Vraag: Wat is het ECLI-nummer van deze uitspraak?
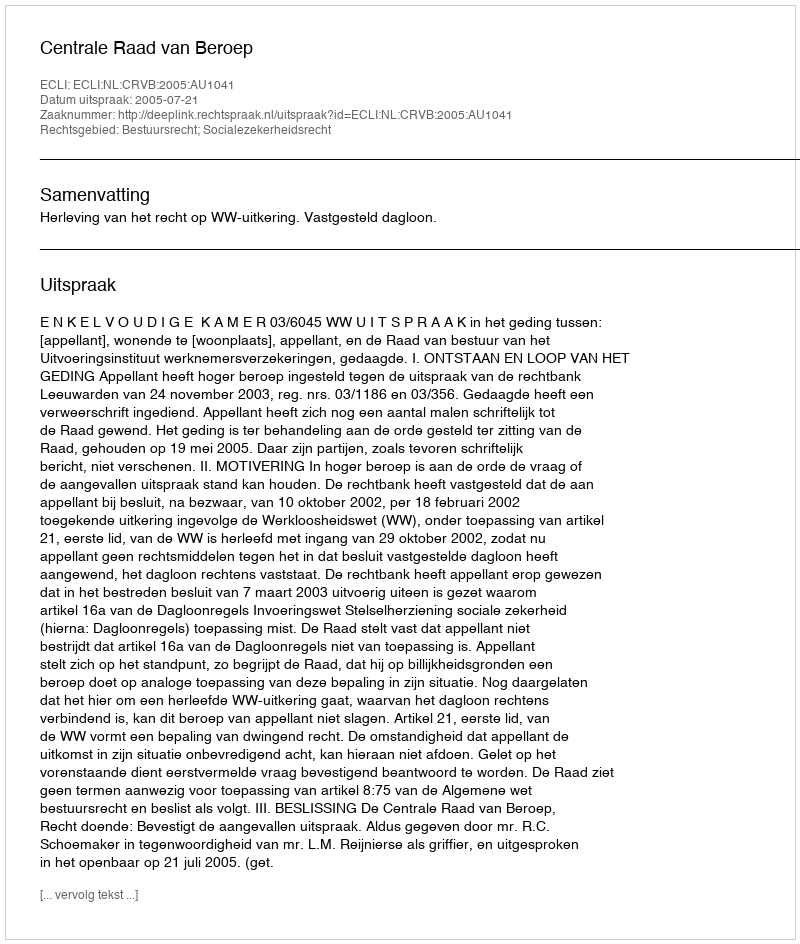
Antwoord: ECLI:NL:CRVB:2005:AU1041